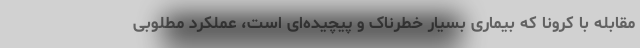
مقابله با کرونا که بیماری بسیار خطرناک و پیچیده‌ای است، عملکرد مطلوبی